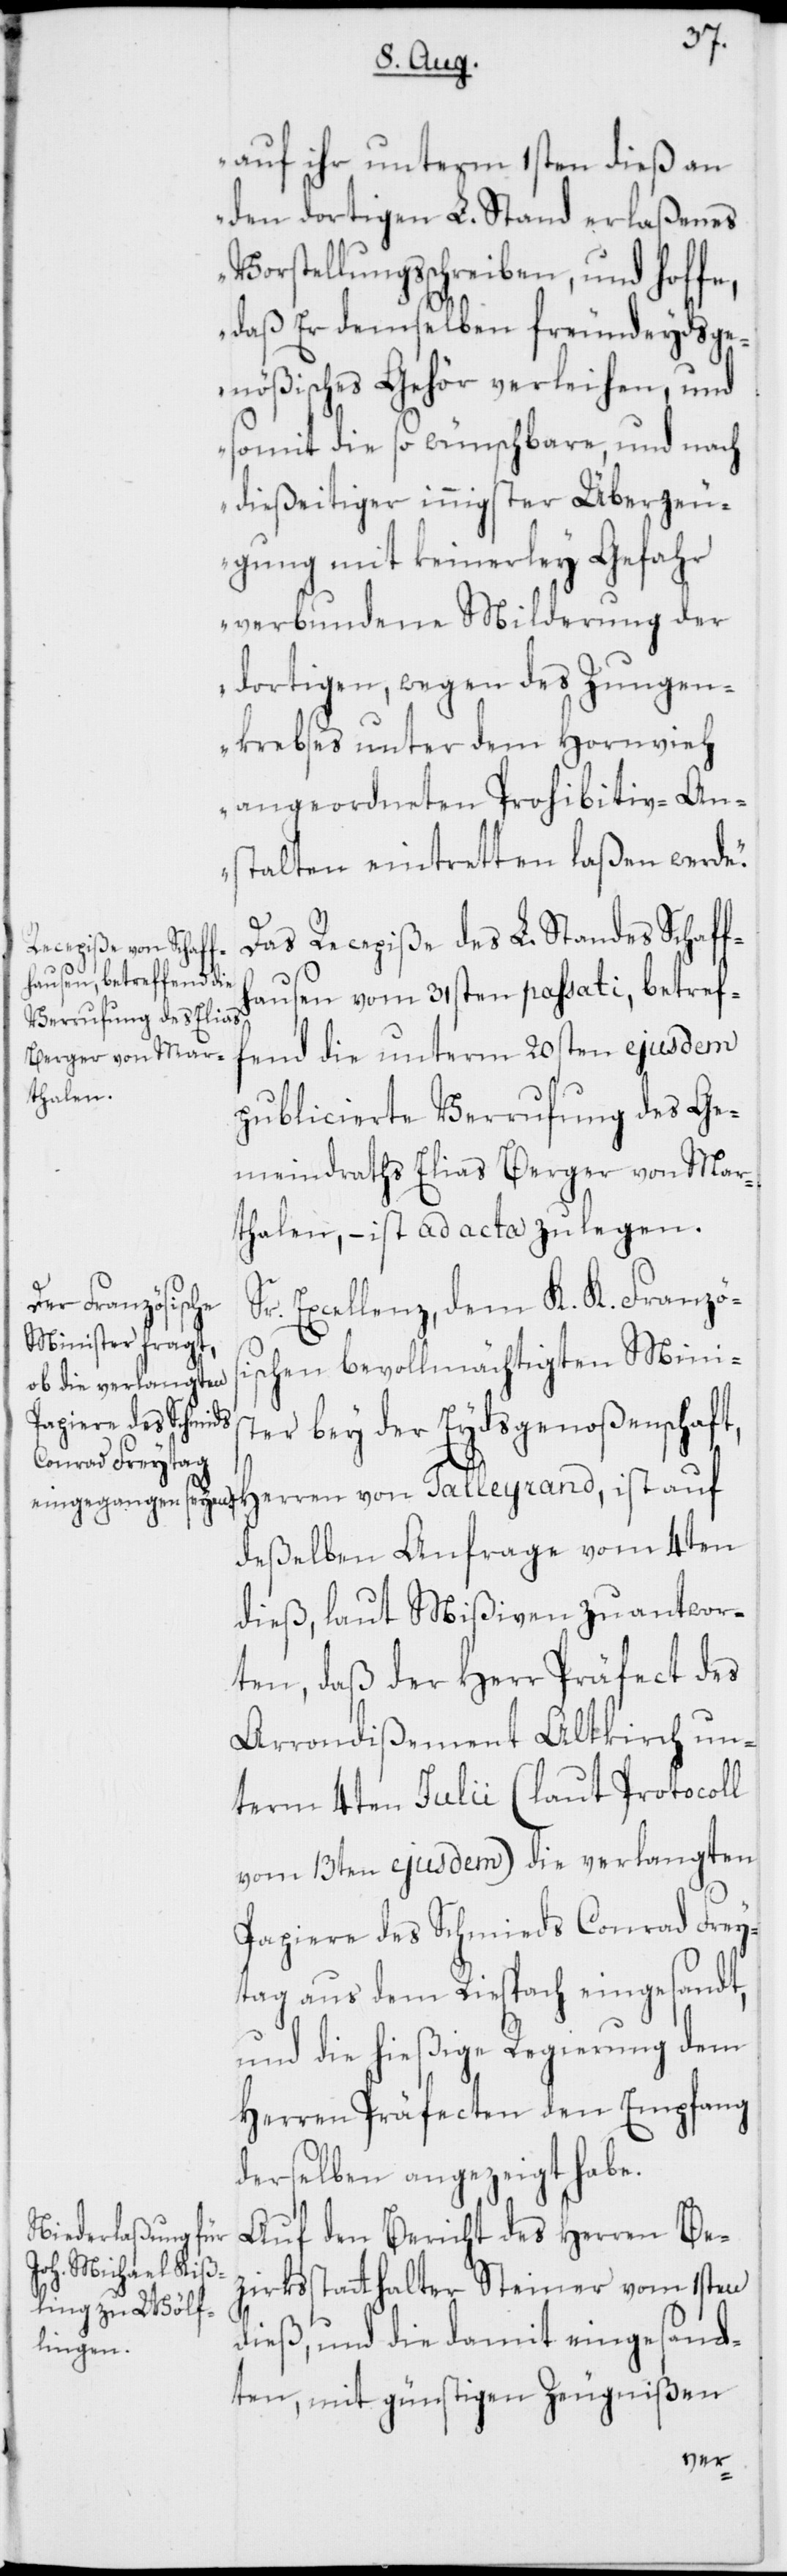
auf ihr unterm 1sten dieß an
den dortigen L. Stand erlaßenes
Vorstellungsschreiben, und hoffe,
daß Er demselben freundeydsge¬
nößisches Gehör verleihen, und
somit die so wünschbare, und nach
dießeitiger innigster Überzeu¬
gung mit keinerley Gefahr
verbundene Milderung der
dortigen, wegen des Zungen¬
krebses unter dem Hornvieh
angeordneten Prohibitiv-An¬
stalten eintreten laßen werde.“
hausen vom 31sten passati, betref¬
fend die unterm 20sten ejusdem
publicierte Verrufung des Ge¬
meindraths Elias Berger von Mar¬
thalen, – ist ad acta zu legen.
Excellenz, dem K. K. Französ¬
ischen bevollmächtigten Minis¬
Standes Schaff¬
ter bey der Eydsgenoßenschaft,
deßelben Anfrage vom 4ten
dieß, laut Mißiven zu antwor¬
ten, daß der Herr Präfect des
Arrondißement Altkirch un¬
term 4ten Julii (laut Protocoll
vom 13ten ejusdem) die verlangten
Papiere des Schmieds Conrad Frey¬
tag aus dem Riespach eingesandt,
und die hießige Regierung dem
Herren Präfecten den Empfang
derselben angezeigt habe.
Auf den Bericht des Herren Be¬
zirksstatthalter Steiner vom 1sten
dieß, und die damit eingesand¬
ten, mit günstigen Zeugnißen